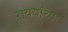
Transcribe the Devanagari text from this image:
राययांच्या